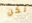
لكن